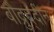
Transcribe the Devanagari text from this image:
बौद्रुद्दीन